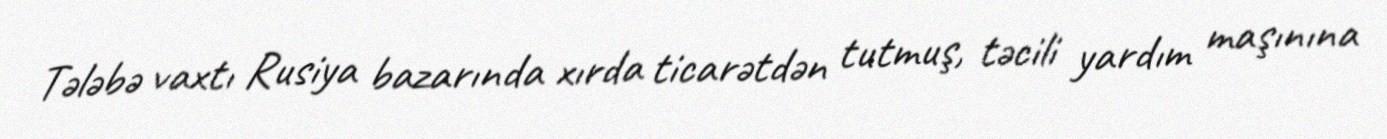
Tələbə vaxtı Rusiya bazarında xırda ticarətdən tutmuş, təcili yardım maşınına